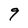
Character: 9